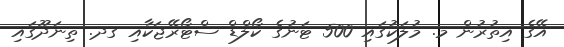
އޭގެ އިތުރުން މ. މުލަކުގައި 500 ޓަނުގެ ކޯލްޑް ސްޓޯރޭޖަކާއި ގދ. ތިނަދޫގައި